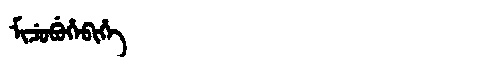
Manchu: ᠮᡳᠴᡠᠪᡠᡥᡝᠪᡳᡥᡝ
Romanization: MICUBUHEBIHE